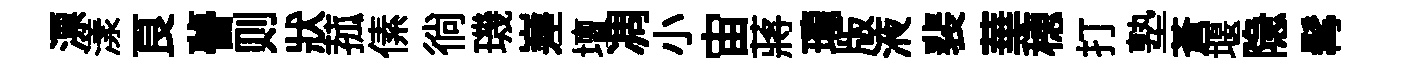
漂漾良瞢则狀菰傃徜璣嵳壇凋小宙蔣瓏版液裴華穂打塾蒼堰隐髯